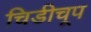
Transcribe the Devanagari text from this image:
चिडीचूप